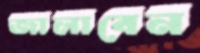
জালাবেন